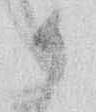
御